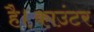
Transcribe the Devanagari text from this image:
है।काउंटर